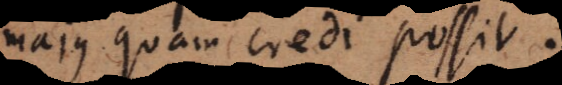
majus quam credi possit.